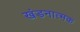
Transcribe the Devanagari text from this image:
खंडनात्मक